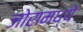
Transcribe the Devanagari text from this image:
जोरामध्ये